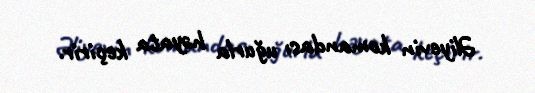
Əliyevin komandası uğurla həyata keçirir.